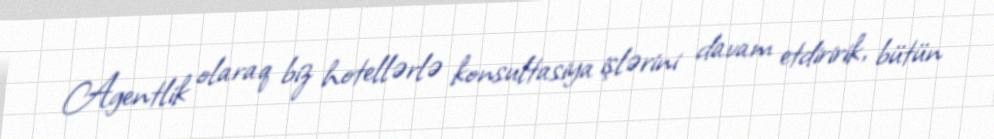
Agentlik olaraq biz hotellərlə konsultasiya işlərini davam etdiririk, bütün